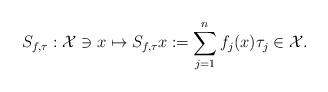
LaTeX: \begin{align*} S_{f, \tau}:\mathcal{X}\ni x \mapsto S_{f, \tau}x\coloneqq \sum_{j=1}^n f_j(x)\tau_j \in\mathcal{X}. \end{align*}